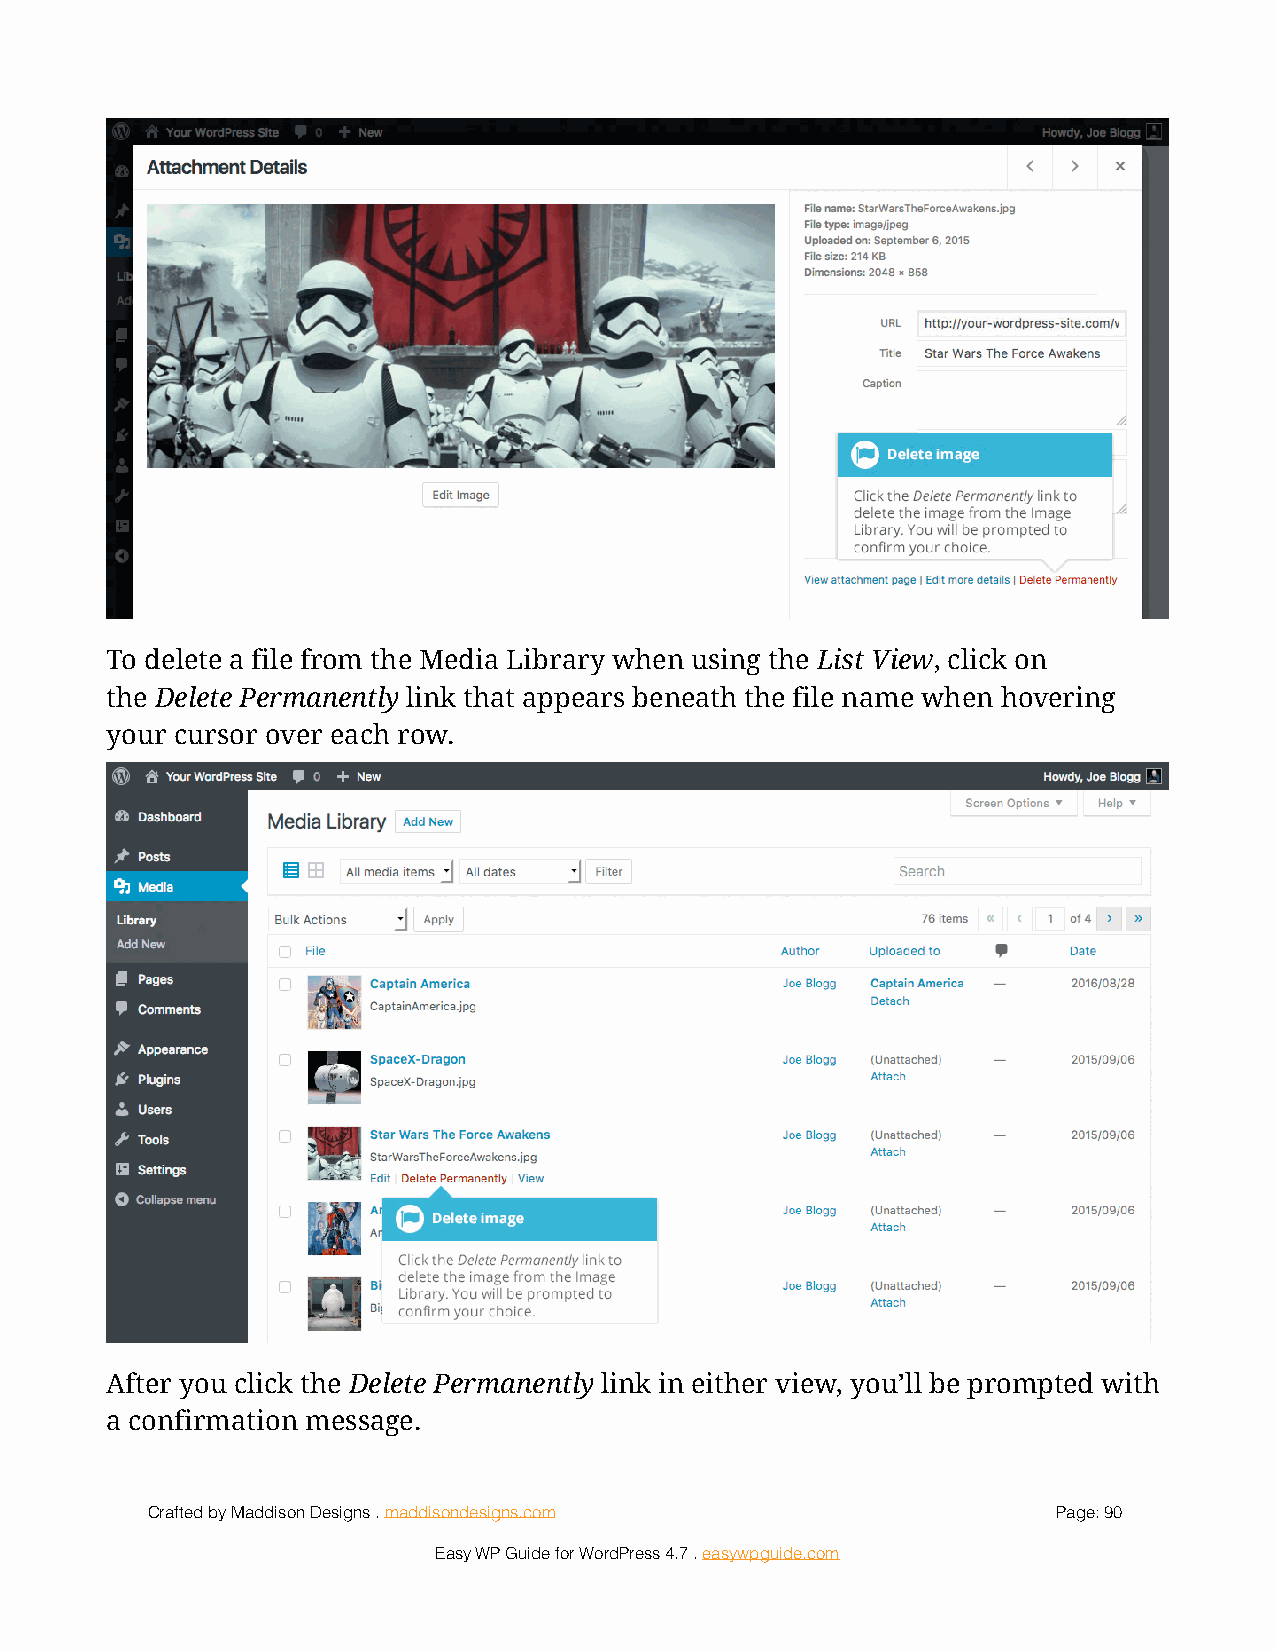
!
 To delete a file from the Media Library when using the List View, click on
 the Delete Permanently link that appears beneath the file name when hovering
 your cursor over each row.
 !
 After you click the Delete Permanently link in either view, you’ll be prompted with
 a confirmation message.
 Crafted by Maddison Designs . maddisondesigns.com           Page: 9 0
 Easy WP Guide for WordPress 4.7 . easywpguide.com